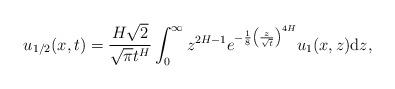
LaTeX: \begin{align*}u_{1/2}(x,t)=\frac{H\sqrt{2}}{\sqrt{\pi}t^{H}}\int_0^{\infty}z^{2H-1}e^{-\frac{1}{8}\left(\frac{z}{\sqrt{t}}\right)^{4H}}u_1(x,z) \mathrm dz,\end{align*}